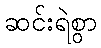
ဆင်းရဲစွာ